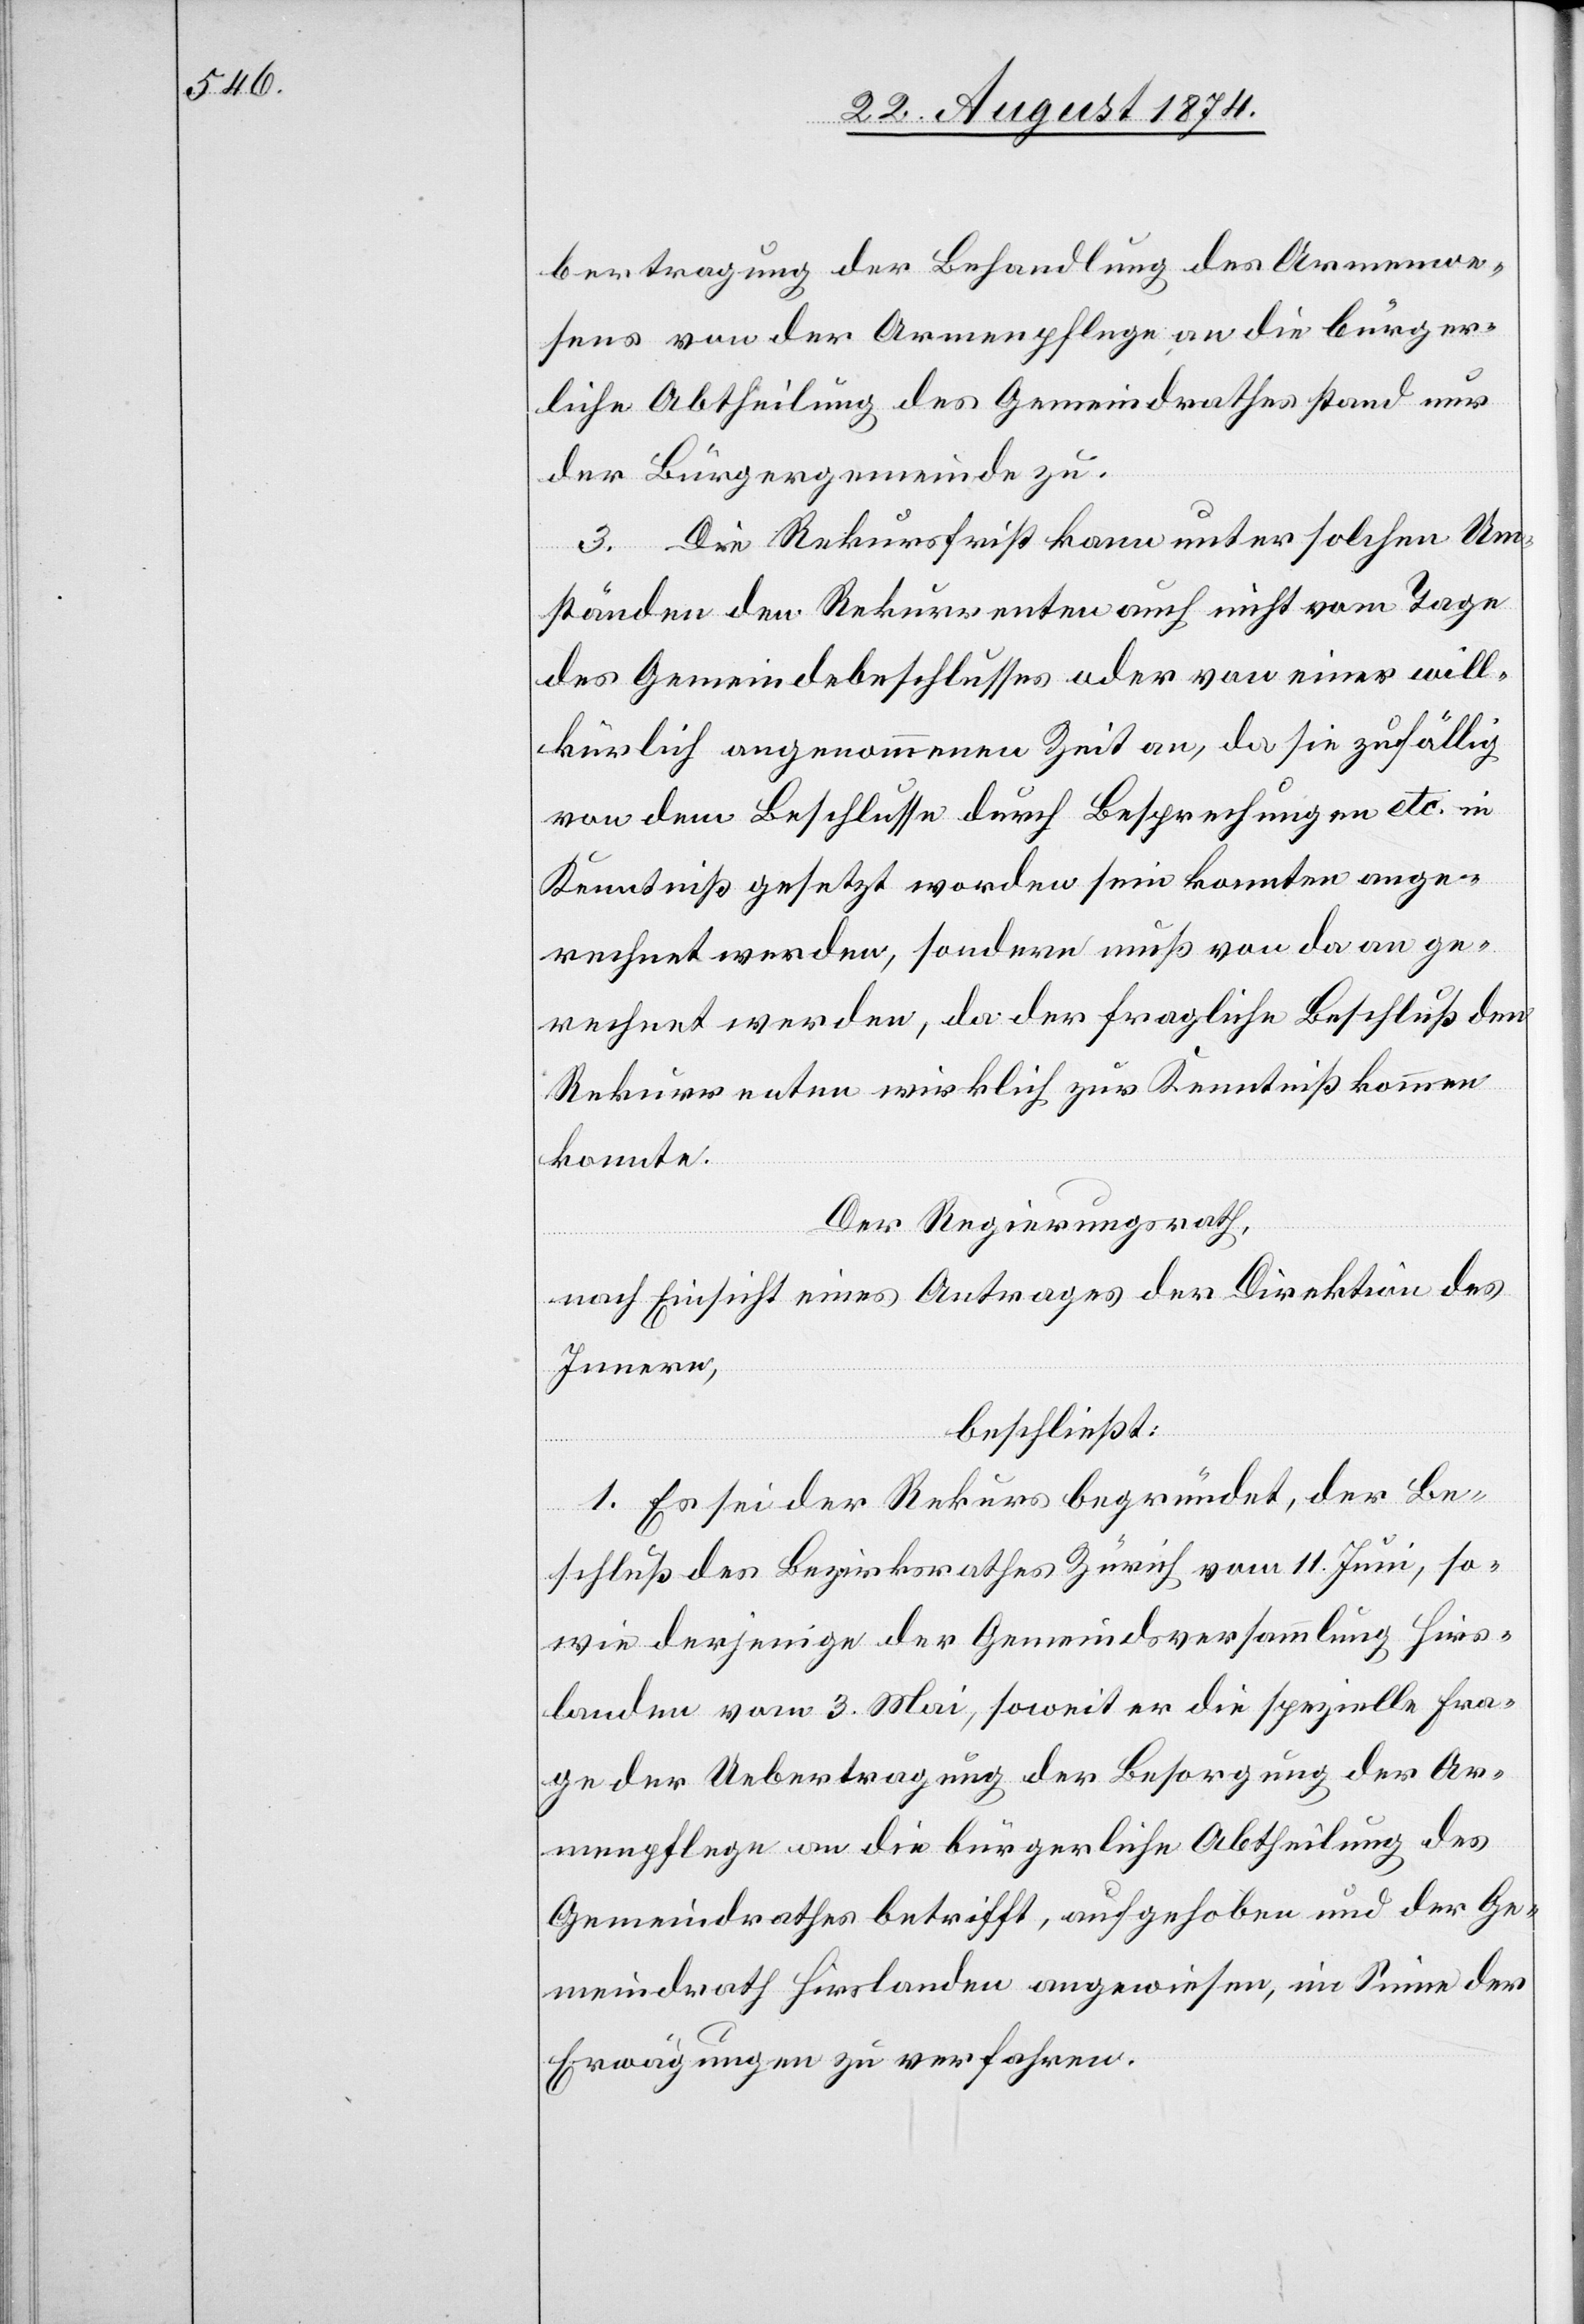
bertragung der Behandlung des Armenwe¬
sens von der Armenpflege an die bürger¬
liche Abtheilung des Gemeindrathes stand nur
der Bürgergemeinde zu.
3. Die Rekursfrist kann unter solchen Um¬
ständen den Rekurrenten auch nicht vom Tage
des Gemeindebeschlusses oder von einer will¬
kürlich angenommenen Zeit an, da sie zufällig
von dem Beschlusse durch Besprechungen etc. in
Kenntniß gesetzt worden sein könnten ange¬
rechnet werden, sondern muß von da an ge¬
rechnet werden, da der fragliche Beschluß dem
Rekurrenten wirklich zur Kenntniß kommen
konnte.
Der Regierungsrath,
nach Einsicht eines Antrages der Direktion des
Innern,
beschließt:
I. Es sei der Rekurs begründet, der Be¬
schluß des Bezirksrathes Zürich vom 11. Juni, so¬
wie derjenige der Gemeindsversammlung Hirs¬
landen vom 3. Mai, soweit er die spezielle Fra¬
ge der Uebertragung der Besorgung der Ar¬
menpflege an die bürgerliche Abtheilung des
Gemeindrathes betrifft, aufgehoben und der Ge¬
meindrath Hirslanden angewiesen, im Sinne der
Erwägungen zu verfahren.